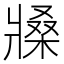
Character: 𤖒